Lunatic asylums United Provinces 1909-1921 - 1909-1921
Year: 1909
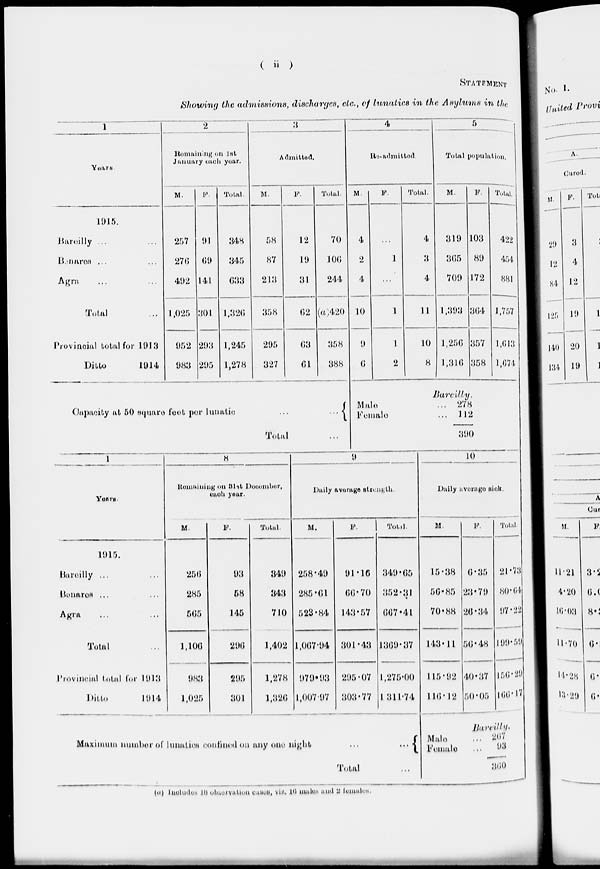
( ii )
STATEMENT
Showing the admissions, discharges, etc., of lunatics in the Asylums in the
1
Years.
1915.
Bareilly ... ...
Benares
... ...
Agra ... ...
Total ...
Provincial total for 1913
Ditto
1914
2
Remaining on 1st
January each year.
M.
257
276
492
1,025
952
983
F.
91
69
141
301
293
295
Total.
348
345
633
1,326
1,245
1,278
3
Admitted.
M.
58
87
213
358
295
327
F.
12
19
31
62
63
61
Total.
70
106
244
(a)420
358
388
4
Re-admitted.
M.
4
2
4
10
9
6
F.
...
1
...
1
1
2
Total.
4
3
4
11
10
8
5
Total population.
M.
319
365
709
1,393
1,256
1,316
F.
103
89
172
364
357
358
Total
422
454
881
1,757
1,613
1,674
Capacity at 50 square feet per lunatic
...
...
Total ...
Bareilly.
Male ...
Female ...
278
112
390
1
Years.
1915.
Bareilly ... ...
Benares ... ...
Agra ... ...
Total ...
Provincial total for 1913
Ditto
1914
8
Remaining on 31 st December,
each year.
M.
256
285
565
1,106
983
1,025
F.
93
58
145
296
295
301
Total.
349
343
710
1,402
1,278
1,326
9
Daily average strength.
M.
258.49
285.61
523.84
1,067.94
979.93
1,007.97
F.
91.16
66.70
143.57
301.43
295.07
303.77
Total.
349.65
352.31
667.41
1369.37
1,275.00
1311.74
Maximum number of lunatics confined on any one night
...
...
Total ...
10
Daily average sick.
M.
15.38
56.85
70.88
143.11
115.82
116.12
F.
6.35
23.79
26.34
56.48
40.37
50.05
Total.
21.73
80.64
97.22
199.59
156.29
166.17
Bareilly.
Male
...
Female
...
267
93
360
(a) Includes 18 observation cases, viz.16 males and 2 females.